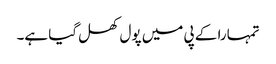
تمہارا کے پی میں پول کھل گیا ہے۔